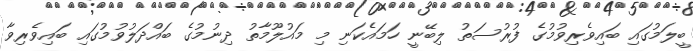
ބީލަމުގައި ބައިވެރިވުމުގެ ފުރުސަތު ލިބޭނީ ހަމައެކަނި މި މައުލޫމާތު ދިނުމުގެ ބައްދަލުވުމުގައި ބައިވެރިވާ